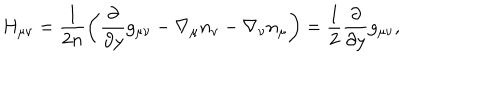
LaTeX: H _ { \mu \nu } = \frac 1 { 2 n } \left( \frac { \partial } { \partial y } g _ { \mu \nu } - \nabla _ { \mu } n _ { \nu } - \nabla _ { \nu } n _ { \mu } \right) = \frac 1 2 \frac { \partial } { \partial y } g _ { \mu \nu } ,